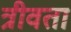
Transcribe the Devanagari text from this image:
त्रीवता